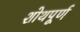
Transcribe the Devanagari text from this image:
शोथपूर्ण